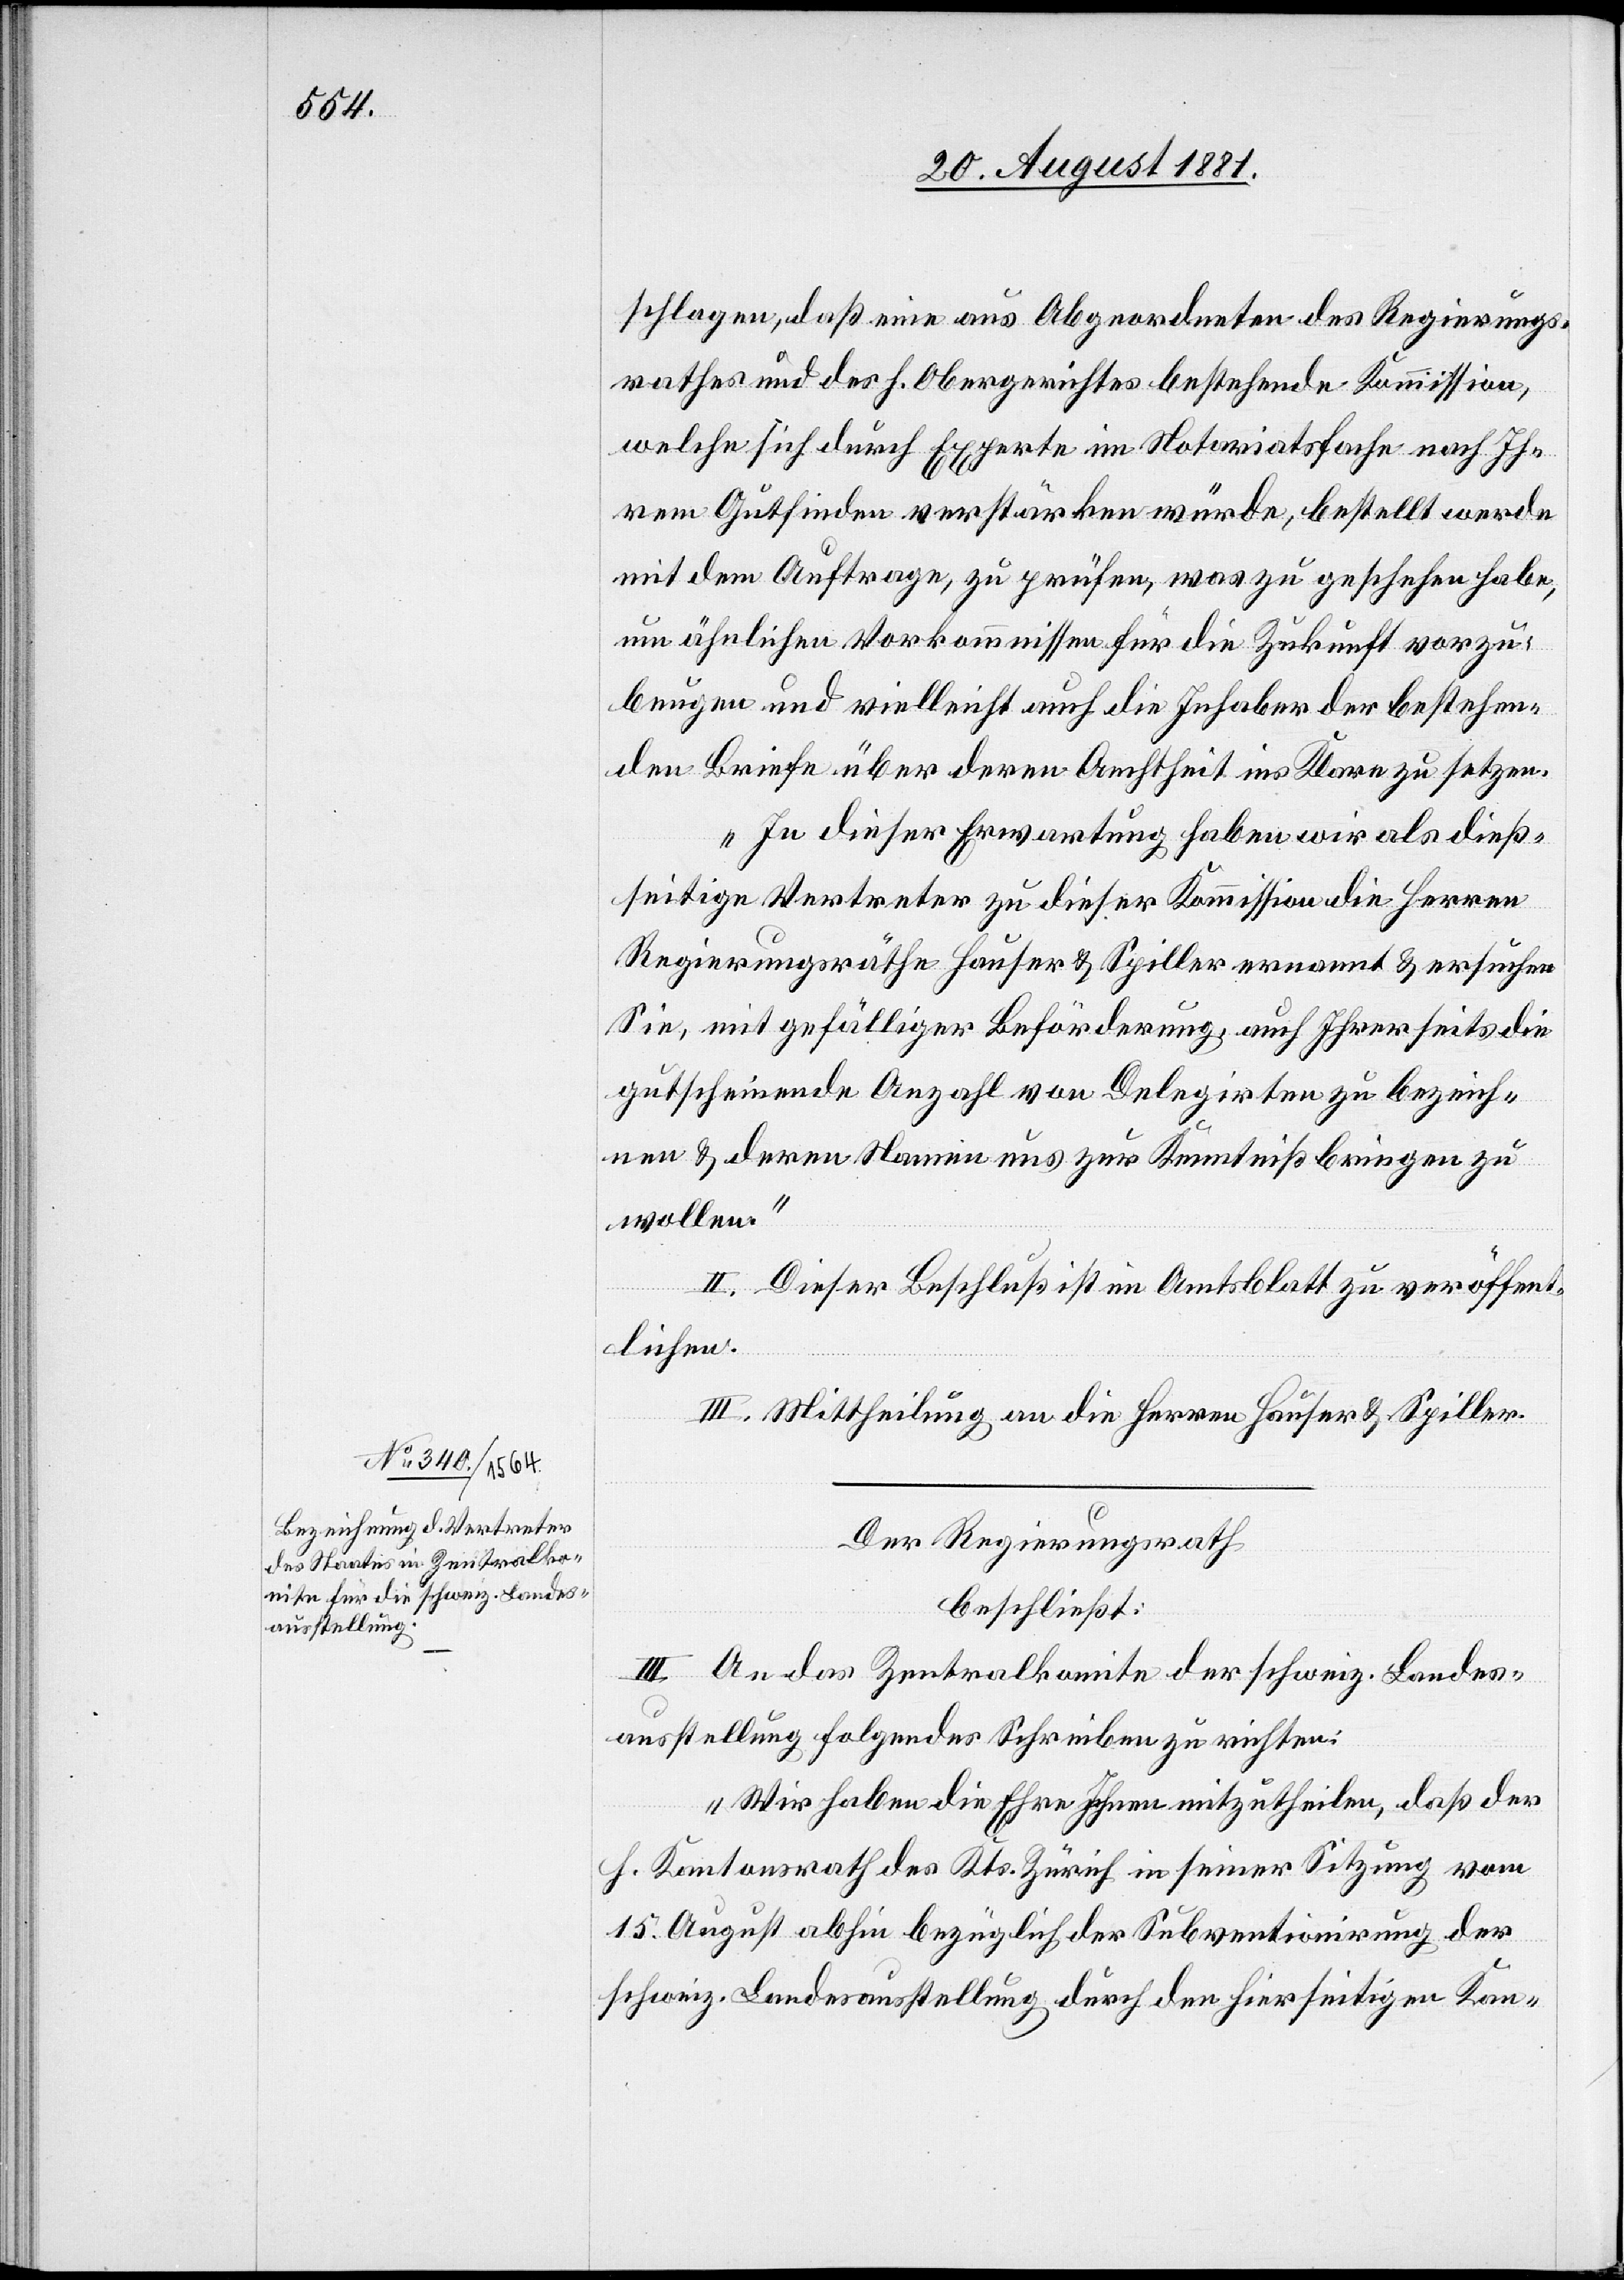
schlagen, daß eine aus Abgeordneten des Regierungs¬
rathes und des h. Obergerichtes bestehende Kommission,
welche sich durch Experte[n] im Notariatsfach nach Ih¬
rem Gutfinden verstärken würde, bestellt werde
mit dem Auftrage, zu prüfen, was zu geschehen habe,
um ähnlichen Vorkommnissen für die Zukunft vorzu¬
beugen und vielleicht auch die Inhaber der bestehen¬
den Briefe über deren Aechtheit ins Klare zu setzen.
In dieser Erwartung haben wir als dieß¬
seitige Vertreter zu dieser Kommission die Herren
Regierungsräthe Hauser & Spiller ernannt & ersuchen
Sie, mit gefälliger Beförderung, auch Ihrerseits die
gutscheinende Anzahl von Delegirten zu bezeich¬
nen & deren Namen uns zur Kenntniß bringen zu
wollen.“
II. Dieser Beschluß ist im Amtsblatt zu veröffent¬
lichen.
III. Mittheilung an die Herren Hauser & Spiller.
Der Regierungsrath
beschließt:
III. An das Zentralkomite der schweiz. Landes¬
ausstellung folgendes Schreiben zu richten:
„Wir haben die Ehre Ihnen mitzutheilen, daß der
h. Kantonsrath des Kts. Zürich in seiner Sitzung vom
15. August abhin bezüglich der Subventionirung der
schweiz. Landesausstellung durch den hierseitigen Kan-